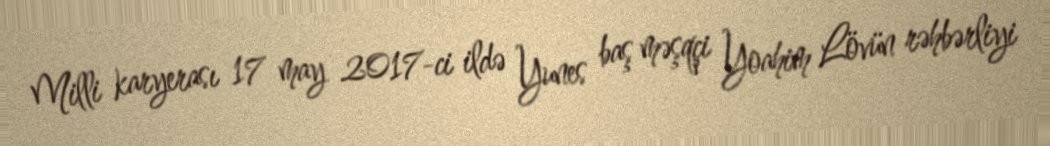
Milli karyerası 17 may 2017-ci ildə Yunes baş məşqçi Yoahim Lövün rəhbərliyi